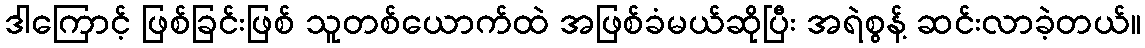
ဒါကြောင့် ဖြစ်ခြင်းဖြစ် သူတစ်ယောက်ထဲ အဖြစ်ခံမယ်ဆိုပြီး အရဲစွန့် ဆင်းလာခဲ့တယ်။